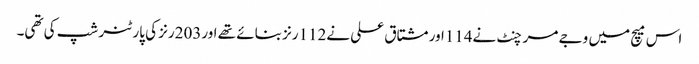
اس میچ میں وجے مرچنٹ نے114اور مشتاق علی نے112رنز بنائے تھے اور203رنز کی پارٹنر شپ کی تھی۔